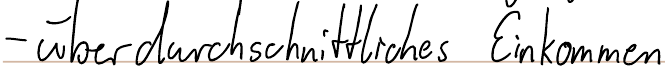
- überdurchschnittliches Einkommen